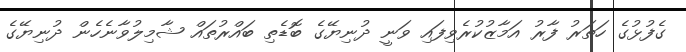
ގެފުޅުގެ ހަތަރު ފާރު އަމާޒުކުރެވިފައި ވަނީ ދުނިޔޭގެ ބޮޑެތި ބައްރުތައް ޝާމިލުވާނެހެން ދުނިޔޭގެ